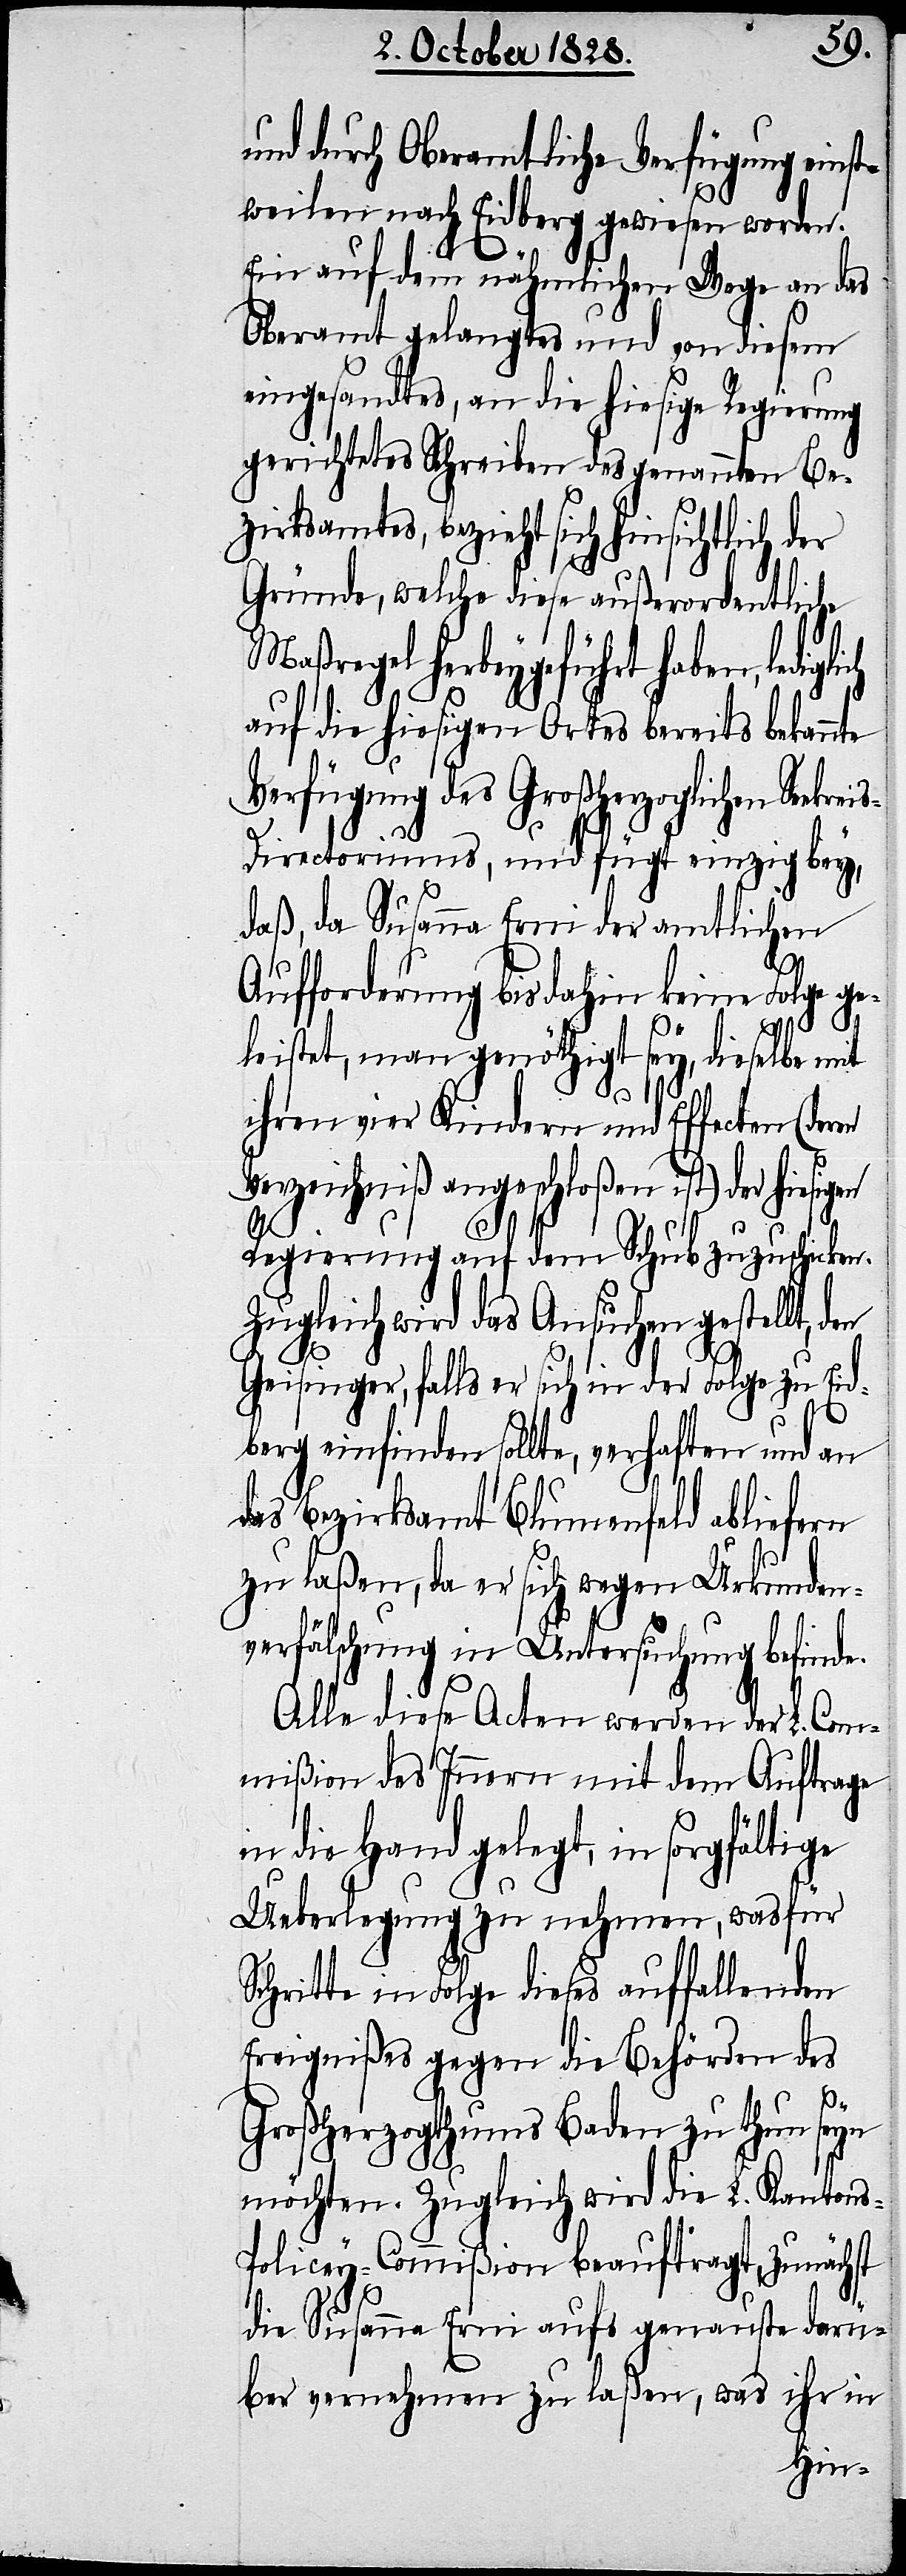
und durch Oberamtliche Verfügung einst¬
weilen nach Eidberg gewiesen worden.
Ein auf dem nähmlichen Wege an das
Oberamt gelangtes und von diesem
eingesandtes, an die hiesige Regierung
gerichtetes Schreiben des genanten Be¬
zirksamtes, bezieht sich hinsichtlich der
Gründe, welche diese außerordentliche
Maßregel herbeygeführt haben, ledi¬
auf die hiesigen Ortes bereits bekann¬
Verfügung des Großherzoglichen Seekre¬
s-Directoriums, und fügt einzig bey,
daß, da Susanna Erni der amtlichen
Aufforderung bis dahin keine Folge ge¬
te
leistet, man genöthigt sey, dieselbe mit
ihren vier Kindern und Effecten (deren
Verzeichniß angeschloßen ist) der
Regierung auf dem Schub zuzuschicken.
Zugleich wird das Ansuchen gestellt, den
Geisinger, falls er sich in der Folge zu Eid¬
berg einfinden sollte, verhaften und an
das Bezirksamt Blumenfeld abliefern
zu laßen, da er sich wegen Urkunden¬
verfälschung in Untersuchung befinde.
Alle diese Acten werden der L. Com¬
mißion des Innern mit dem Auftrage
in die Hand gelegt, in sorgfältige
Ueberlegung zu nehmen, was für
Schritte in Folge dieses auffallenden
Ereignißes gegen die Behörden des
Großherzogthums Baden zu thun seyn
möchten. Zugleich wird die L. Kanton¬
s-Policey-Commißion beauftragt, zunächst
die Susanna Erni aufs genauste darü¬
ber vernehmen zu laßen, was ihr in
i¬